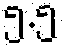
၅.၅